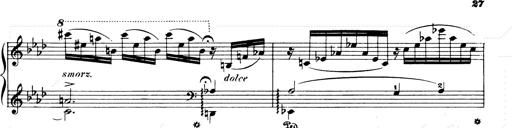
Title: Consolations and LiebestrÃ¤ume for the Piano
Composer: Franz Liszt